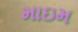
માઇમ